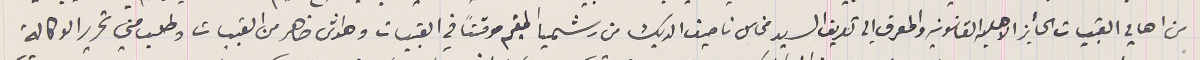
من اهالي القبيات الحأيز الاهليه القانونيه والمعرف الي تعريف السيد مخاىل ناصيف الديك من رشميا المقيم موقتاً في القبيات وهواش ضاهر من القبيات وطلب مني تحرير الوكالة